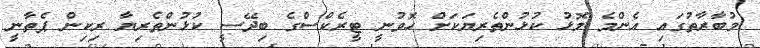
މުބާރާތުގައި އެންމެ މޮޅު ކުޅުންތެރިޔަކަށް ހޮވުނީ ޓީރެކްސްގެ ބިދޭސީ ކުޅުންތެރިޔާ ރިކިން ޕެތާނީ